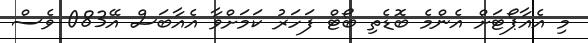
މި އެއާޕޯޓަށް އެންމެ ބޮޑެތި ބޯޓް ފަހަރު ކަމަށްވާ އެއާބަސް އޭ083 ވެސް